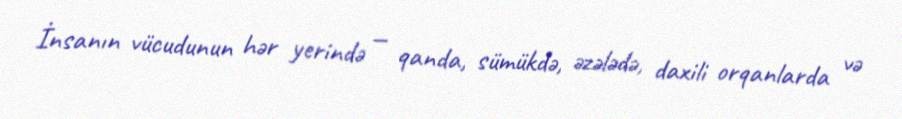
İnsanın vücudunun hər yerində — qanda, sümükdə, əzələdə, daxili orqanlarda və